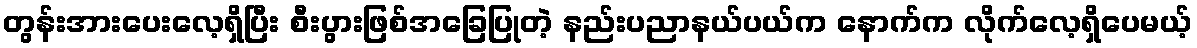
တွန်းအားပေးလေ့ရှိပြီး စီးပွားဖြစ်အခြေပြုတဲ့ နည်းပညာနယ်ပယ်က နောက်က လိုက်လေ့ရှိပေမယ့်